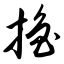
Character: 撸